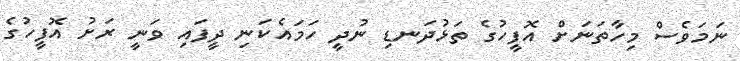
ނަމަވެސް މިހާތަނަށް އޮފީހުގެ ތަޅުދަނޑި ނުދީ ހަމައެކަނި ދީފައި ވަނީ ރަށު އޮފީހުގެ